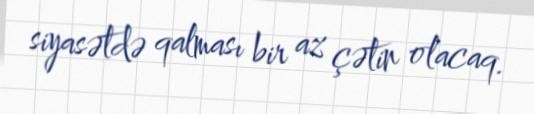
siyasətdə qalması bir az çətin olacaq.